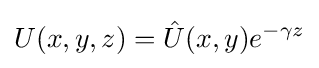
U(x,y,z)={\hat {U}}(x,y)e^{-\gamma z}